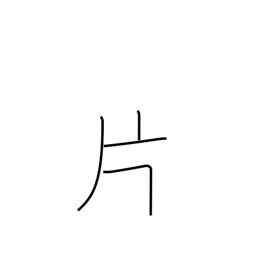
Meaning: leaf